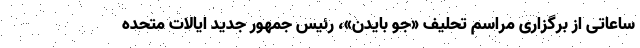
ساعاتی از برگزاری مراسم تحلیف «جو بایدن»، رئیس جمهور جدید ایالات متحده